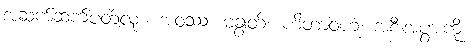
အဆက်ဆက်ပတ်လုံး။ အဝဿံ၊ မချွတ်။ ဟိတာဝဟံ၊ အစီးအပွားကို